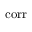
\mathrm { c o r r }